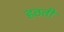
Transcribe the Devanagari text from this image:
हठती